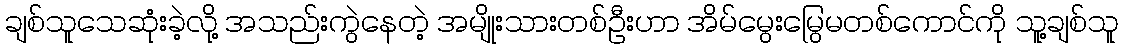
ချစ်သူသေဆုံးခဲ့လို့ အသည်းကွဲနေတဲ့ အမျိုးသားတစ်ဦးဟာ အိမ်မွေးမြွေမတစ်ကောင်ကို သူ့ချစ်သူ